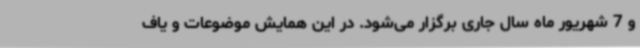
و 7 شهریور ماه سال جاری برگزار می‌شود. در این همایش موضوعات و یاف